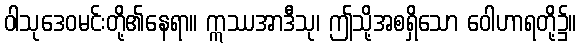
ဝါသုဒေဝမင်းတို့၏နေရာ။ ဣဿအာဒီသု၊ ဤသို့အစရှိသော ဝေါဟာရတို့၌။